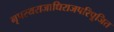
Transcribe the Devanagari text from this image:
नृपस्यराजाधिराजपरिपूजित